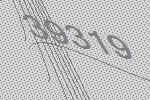
39319